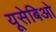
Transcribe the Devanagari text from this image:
यूसेबिओ